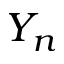
Y _ { n }